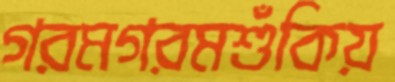
গরমগরমশুঁকিয়